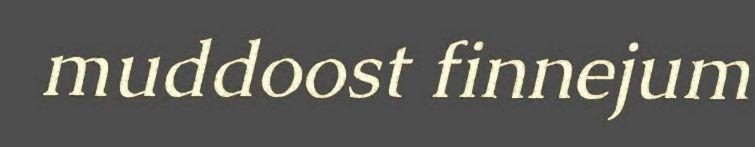
muddoost finnejum